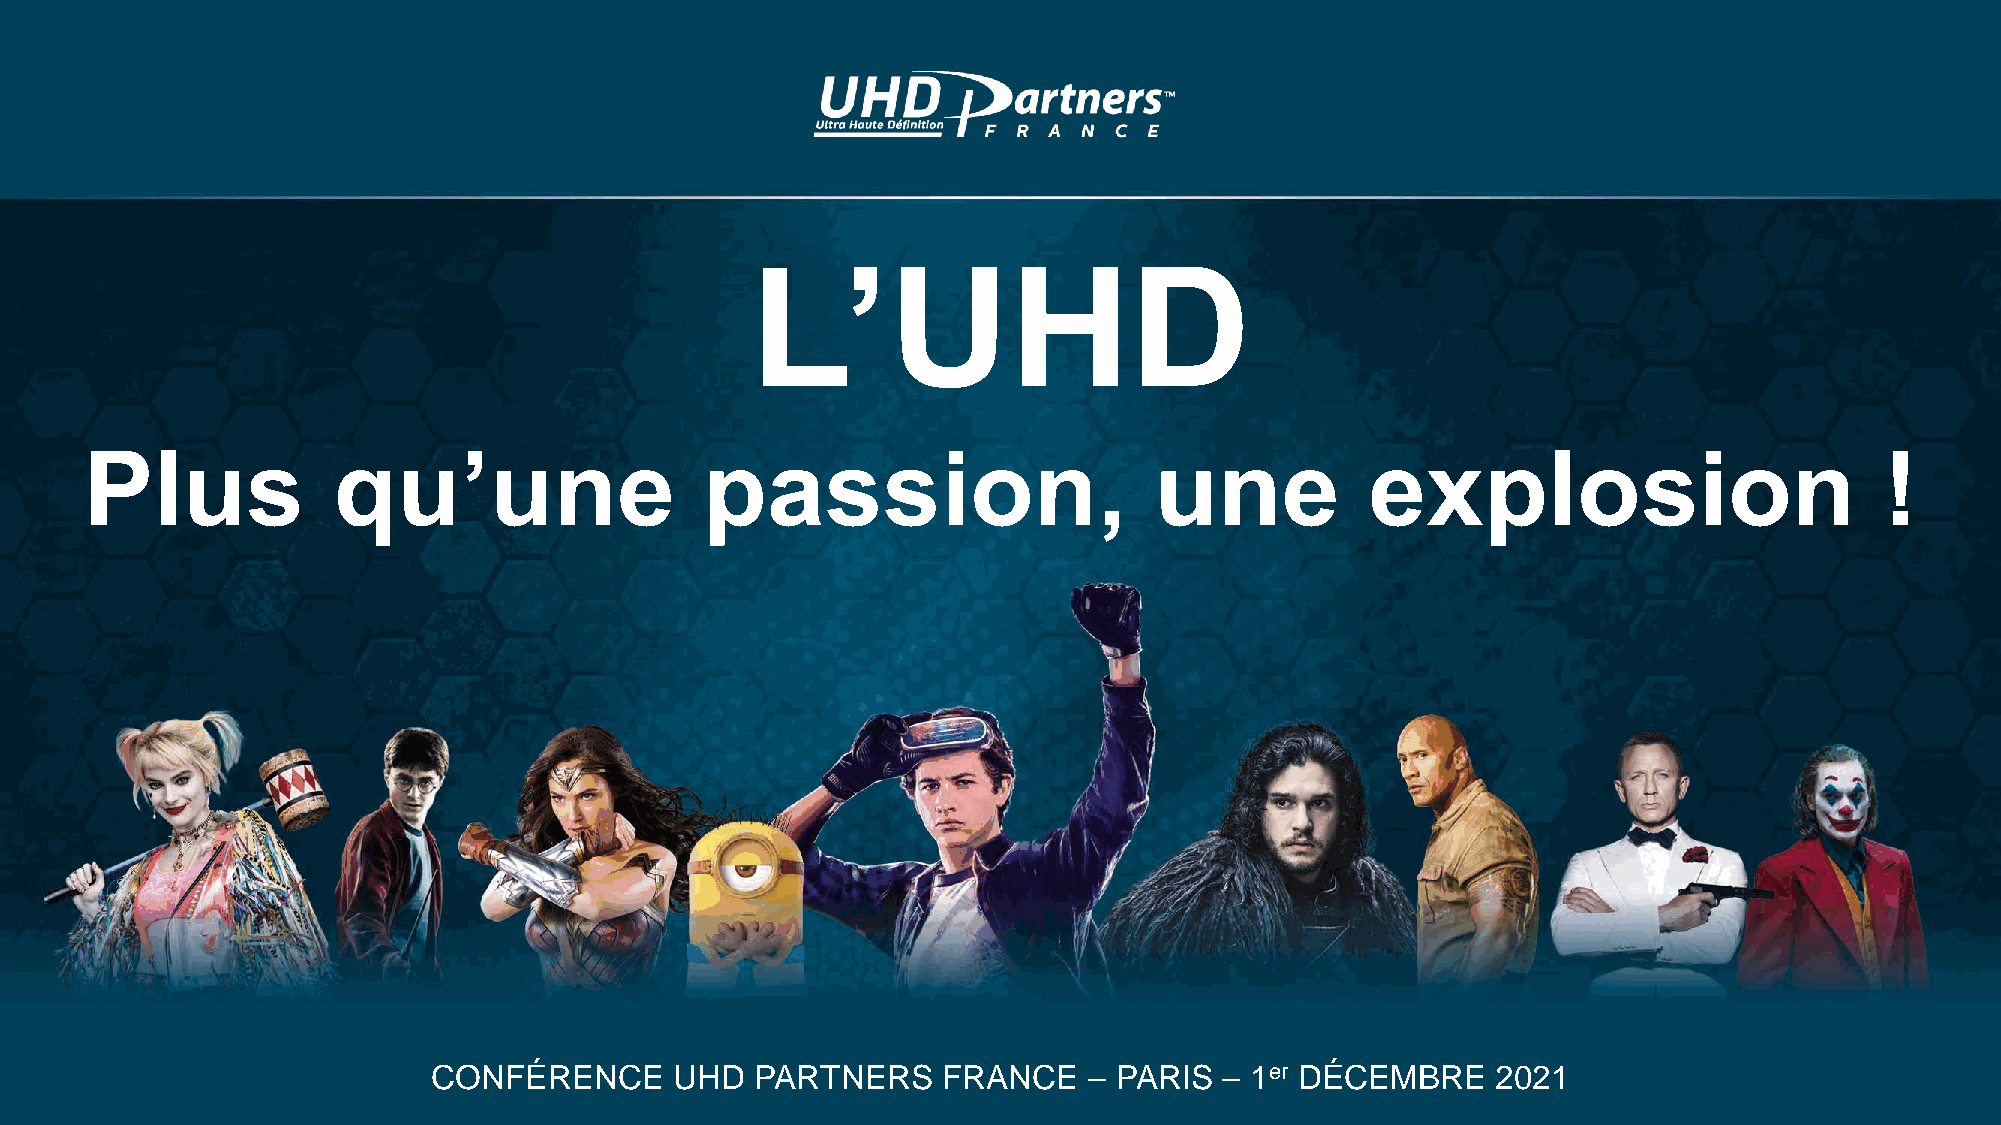
L’UHD
 Plus            qu’une                   passion,                     une            explosion                         !
 CONFÉRENCE      UHD  PARTNERS    FRANCE    – PARIS  – 1er DÉCEMBRE    2021